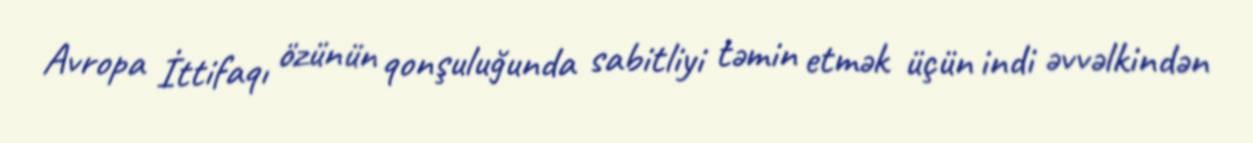
Avropa İttifaqı özünün qonşuluğunda sabitliyi təmin etmək üçün indi əvvəlkindən